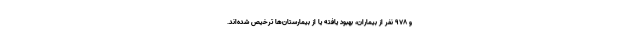
و ۹۷۸ نفر از بیماران، بهبود یافته یا از بیمارستان‌ها ترخیص شده‌اند.